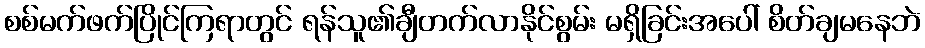
စစ်မက်ဖက်ပြိုင်ကြရာတွင် ရန်သူ၏ချီတက်လာနိုင်စွမ်း မရှိခြင်းအပေါ် စိတ်ချမနေဘဲ